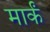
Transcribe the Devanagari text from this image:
मार्कं